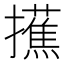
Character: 𢸺